Annual report of the Punjab Veterinary College and of the Civil Veterinary Department, Punjab - 1926-1932
Year: 1926
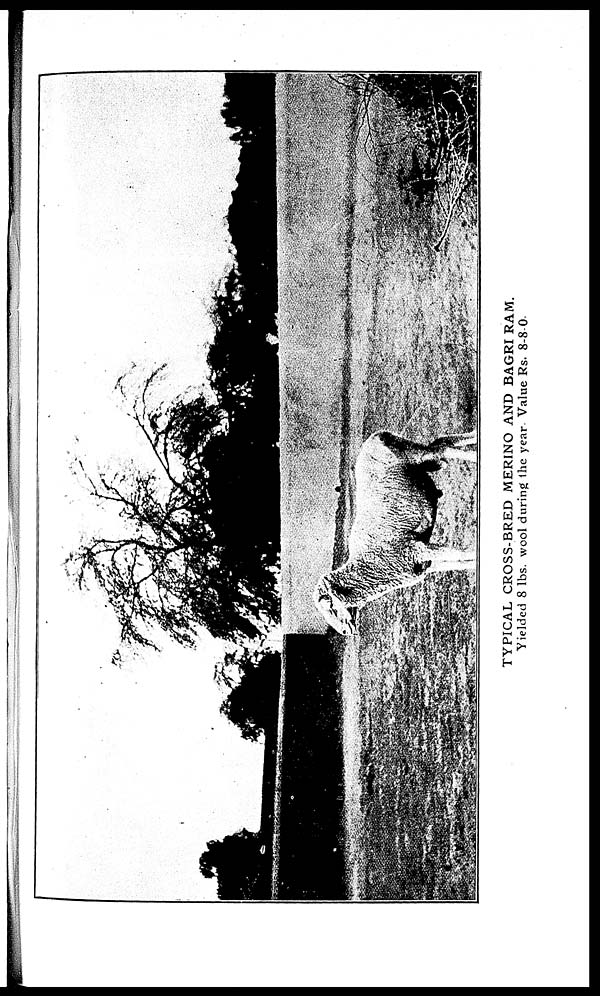
TYPICAL CROSS-BRED MERINO AND BAGRI RAM.
Yielded 8 lbs. wool during the year. Value Rs. 8-8-0.